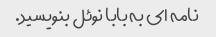
نامه ای به بابا نوئل بنویسید.